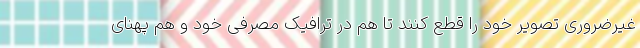
غیرضروری تصویر خود را قطع کنند تا هم در ترافیک مصرفی خود و هم پهنای